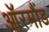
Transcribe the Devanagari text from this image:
ऑरमौंड